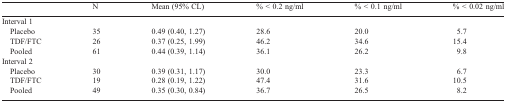
<table><thead><tr><td></td><td><b>N</b></td><td><b>Mean (95% CL)</b></td><td><b>% &lt; 0.2 ng/ml</b></td><td><b>% &lt; 0.1 ng/ml</b></td><td><b>% &lt; 0.02 ng/ml</b></td></tr></thead><tbody><tr><td colspan="6">Interval 1</td></tr><tr><td> Placebo</td><td>35</td><td>0.49 (0.40, 1.27)</td><td>28.6</td><td>20.0</td><td>5.7</td></tr><tr><td> TDF/FTC</td><td>26</td><td>0.37 (0.25, 1.99)</td><td>46.2</td><td>34.6</td><td>15.4</td></tr><tr><td> Pooled</td><td>61</td><td>0.44 (0.39, 1.14)</td><td>36.1</td><td>26.2</td><td>9.8</td></tr><tr><td colspan="6">Interval 2</td></tr><tr><td> Placebo</td><td>30</td><td>0.39 (0.31, 1.17)</td><td>30.0</td><td>23.3</td><td>6.7</td></tr><tr><td> TDF/FTC</td><td>19</td><td>0.28 (0.19, 1.22)</td><td>47.4</td><td>31.6</td><td>10.5</td></tr><tr><td> Pooled</td><td>49</td><td>0.35 (0.30, 0.84)</td><td>36.7</td><td>26.5</td><td>8.2</td></tr></tbody></table>